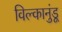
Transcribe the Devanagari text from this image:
विल्कानुंडू